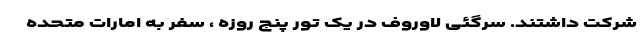
شرکت داشتند. سرگئی لاوروف در یک تور پنج روزه ، سفر به امارات متحده